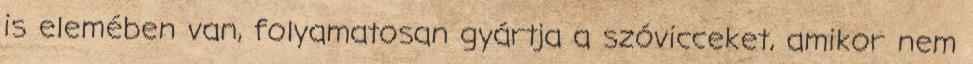
is elemében van, folyamatosan gyártja a szóvicceket, amikor nem